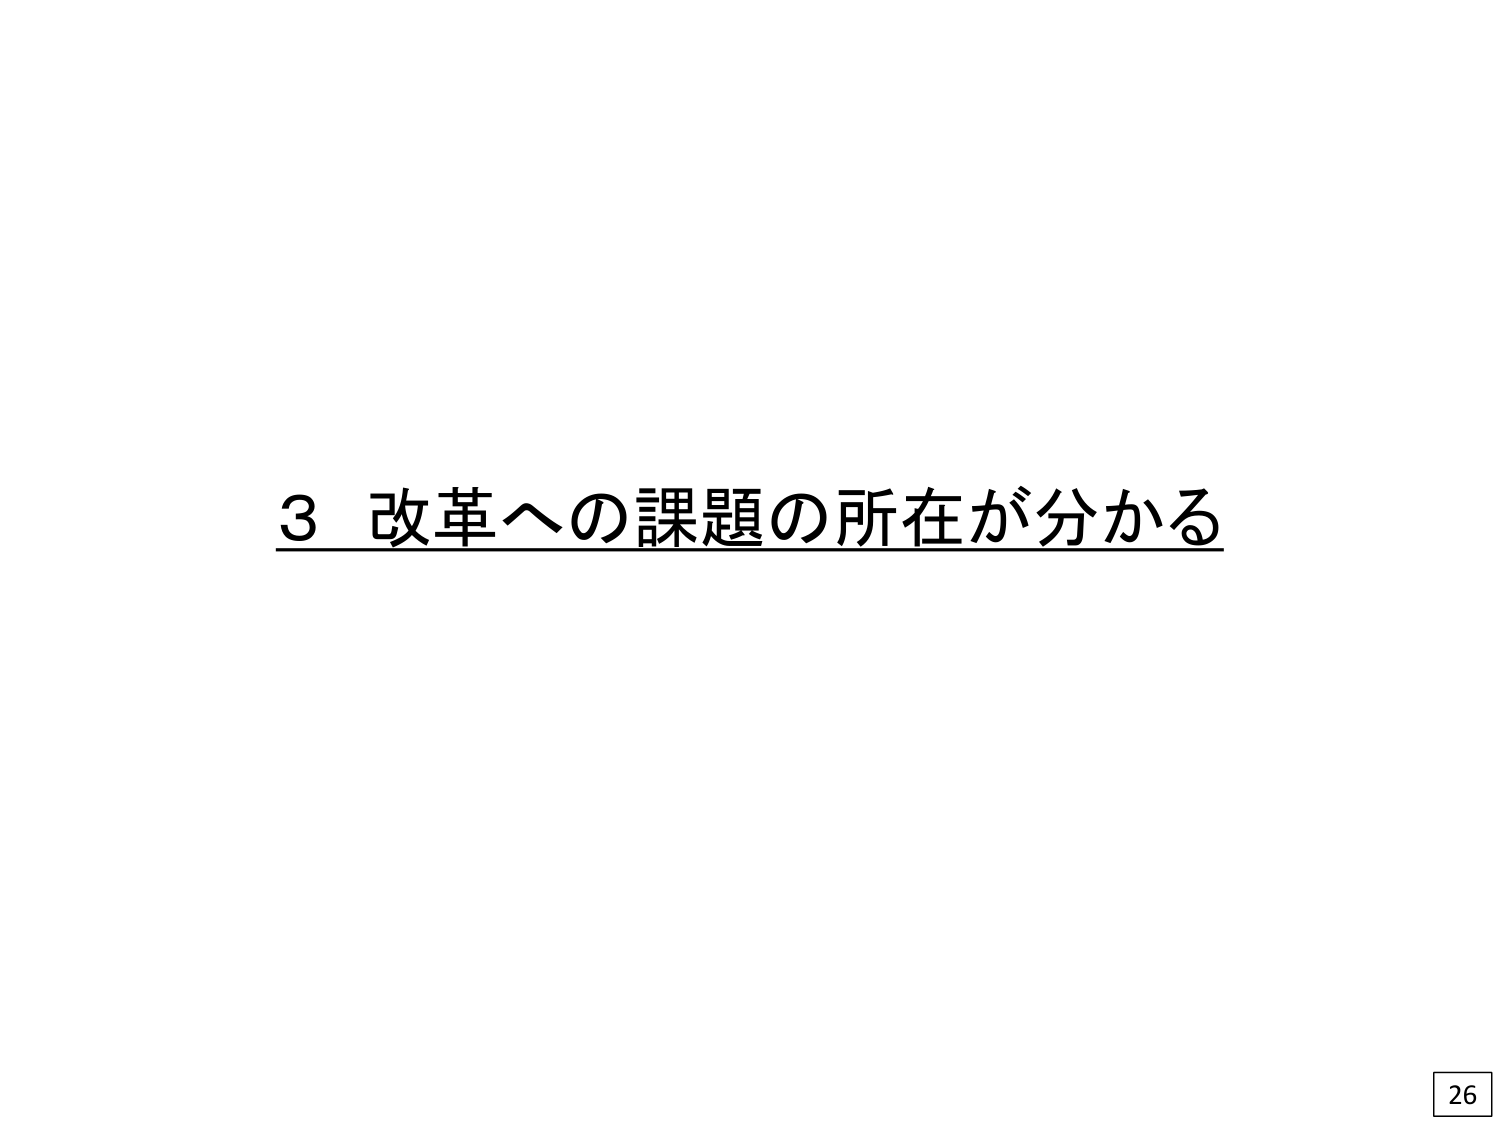
3 改革への課題の所在が分かる
26